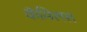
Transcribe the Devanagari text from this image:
कॅमिलस